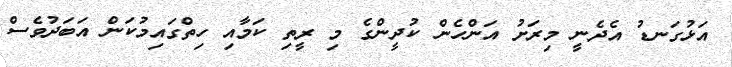
އަޅުގަނޑު އެދެނީ މިރަށު އަންހެން ކުދީންގެ މި ރީތި ކަމާއި ހިތްގައިމުކަން އަބަދުވެސް